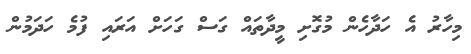
މިހާރު އެ ހަދާހެން މުގޮށި މީދާތައް ގަސް ގަހަށް އަރައި ފުމެ ހަދަމުން